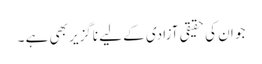
جو ان کی حقیقی آزادی کے لیے ناگزیر بھی ہے ۔